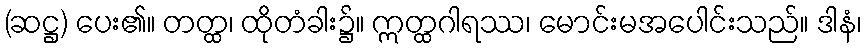
(ဆဋ္ဌ) ပေး၏။ တတ္ထ၊ ထိုတံခါး၌။ ဣတ္ထဂါရဿ၊ မောင်းမအပေါင်းသည်။ ဒါနံ၊